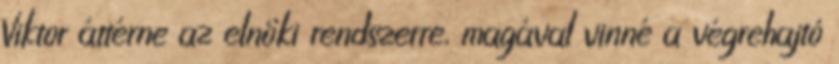
Viktor áttérne az elnöki rendszerre, magával vinné a végrehajtó